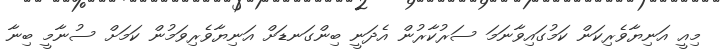
މިއީ އަނިޔާވެރިކަން ކަމުގައިވާނަމަ ސަރުކާރުން އެދަނީ ބިންގަނޑަށް އަނިޔާވެރިވަމުން ކަމަށް ސުނާމީ ބިނާ